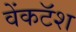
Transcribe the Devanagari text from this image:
वेंकटॅश